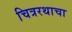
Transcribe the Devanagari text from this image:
चित्ररथाचा